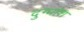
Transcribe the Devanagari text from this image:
दुग्धांश